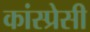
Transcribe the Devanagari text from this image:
कांस्प्रेसी